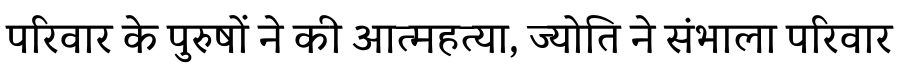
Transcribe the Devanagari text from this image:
परिवार के पुरुषों ने की आत्महत्या, ज्योति ने संभाला परिवार